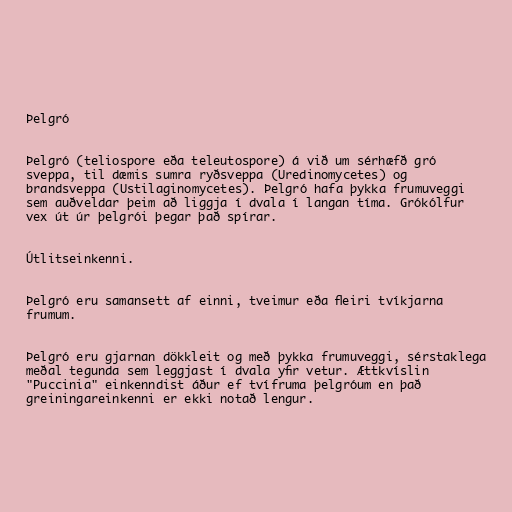
Þelgró

Þelgró (teliospore eða teleutospore) á við um sérhæfð gró
sveppa, til dæmis sumra ryðsveppa (Uredinomycetes) og
brandsveppa (Ustilaginomycetes). Þelgró hafa þykka frumuveggi
sem auðveldar þeim að liggja í dvala í langan tíma. Grókólfur
vex út úr þelgrói þegar það spírar.

Útlitseinkenni.

Þelgró eru samansett af einni, tveimur eða fleiri tvíkjarna
frumum.

Þelgró eru gjarnan dökkleit og með þykka frumuveggi, sérstaklega
meðal tegunda sem leggjast í dvala yfir vetur. Ættkvíslin
"Puccinia" einkenndist áður ef tvífruma þelgróum en það
greiningareinkenni er ekki notað lengur.